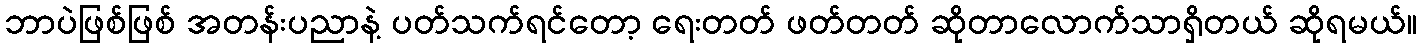
ဘာပဲဖြစ်ဖြစ် အတန်းပညာနဲ့ ပတ်သက်ရင်တော့ ရေးတတ် ဖတ်တတ် ဆိုတာလောက်သာရှိတယ် ဆိုရမယ်။